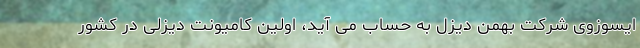
ایسوزوی شرکت بهمن دیزل به حساب می آید، اولین کامیونت دیزلی در کشور